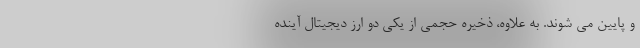
و پایین می شوند. به علاوه، ذخیره حجمی از یکی دو ارز دیجیتال آینده